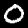
Label: 0